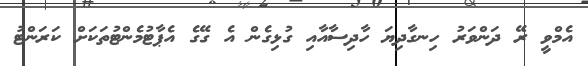
އެމްވީ ރޭ ދަންވަރު ހިނގާދިޔަ ހާދިސާއާއި ގުޅިގެން އެ ގޭގެ އެޕާޓުމެންޓުތަކަށް ކަރަންޓު